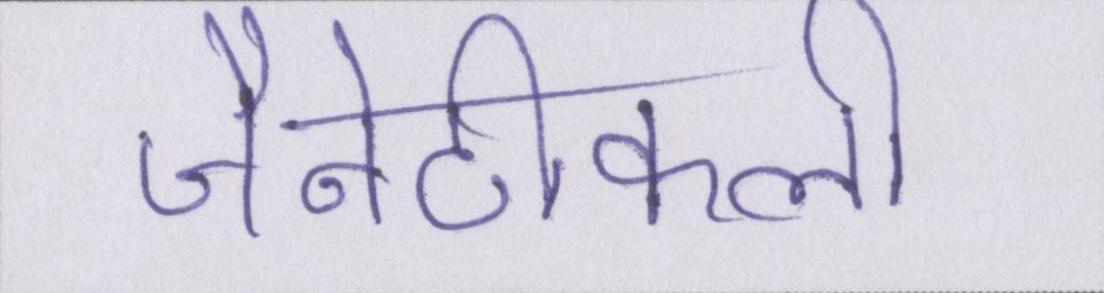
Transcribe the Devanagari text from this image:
जैनेटीकली